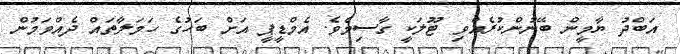
އަބްދު ޔާމީން ބޭނުންކުރެއްވި ޓޫލަކީ ގާސިމެވެ. އެމްޑީޕީ އަށް ބަހުގެ ހަމަލާތައް ދެއްވަމުން